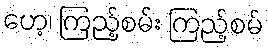
ဟေ့၊ ကြည့်စမ်း ကြည့်စမ်